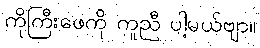
ကိုကြီးဖေကို ကူညီ ပါ့မယ်ဗျာ။